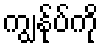
ကျွနု်ပ်ကို